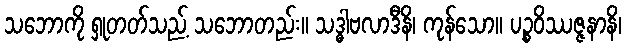
သဘောကို ရှုတတ်သည့် သဘောတည်း။ သဒ္ဓါဗလာဒီနိ၊ ကုန်သော။ ပဉ္စဝိဿဇ္ဇနာနိ၊